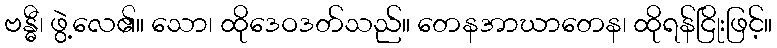
ဗန္ဓီ၊ ဖွဲ့လေ၏။ သော၊ ထိုဒေဝဒတ်သည်။ တေနအာဃာတေန၊ ထိုရန်ငြိုးဖြင့်။